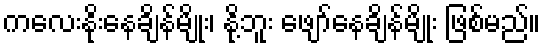
ကလေးနိုးနေချိန်မျိုး၊ နို့ဘူး ဖျော်နေချိန်မျိုး ဖြစ်မည်။